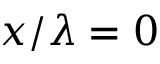
x / \lambda = 0